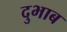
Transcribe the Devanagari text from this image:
दुभाब